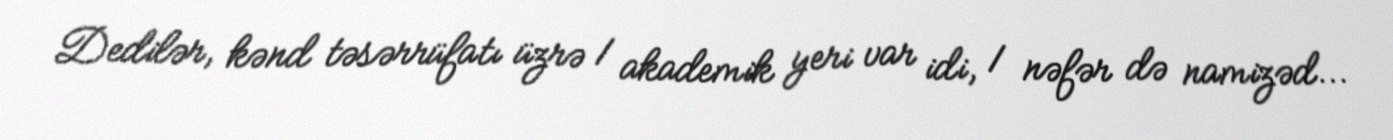
Dedilər, kənd təsərrüfatı üzrə 1 akademik yeri var idi, 1 nəfər də namizəd...